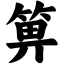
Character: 箅